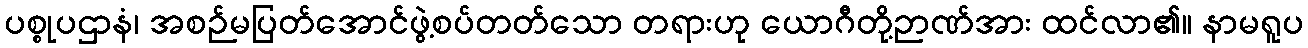
ပစ္စုပဌာနံ၊ အစဉ်မပြတ်အောင်ဖွဲ့စပ်တတ်သော တရားဟု ယောဂီတို့ဉာဏ်အား ထင်လာ၏။ နာမရူပ